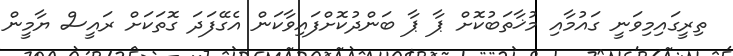
ތިރީގައިމިވަނީ ގައުމާއި މުޚާތަބުކޮށް ޕާ ޕާ ބަންދުކޮށްފައިވާކަން އެގޭފަދަ ގޮތަކަށް ރައީސް ޔާމީން